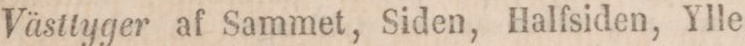
Västtyger af Sammet, Siden, Halfsiden, Ylle,